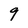
Character: 9